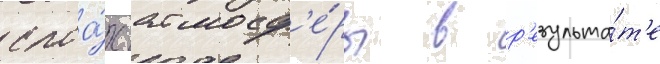
слоа́х атмосф'е́ры в р'езульта́т'е